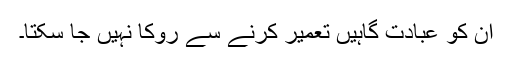
ان کو عبادت گاہیں تعمیر کرنے سے روکا نہیں جا سکتا۔